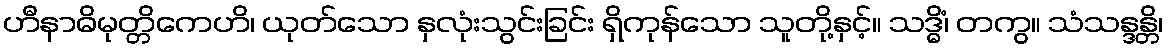
ဟီနာဓိမုတ္တိကေဟိ၊ ယုတ်သော နှလုံးသွင်းခြင်း ရှိကုန်သော သူတို့နှင့်။ သဒ္ဓိံ၊ တကွ။ သံသန္ဒန္တိ၊